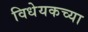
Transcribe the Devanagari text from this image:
विधेयकच्या